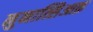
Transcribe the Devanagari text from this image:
नुनात्सिआक़